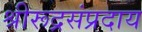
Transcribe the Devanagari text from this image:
श्रीरूद्रसंप्रदाय